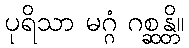
ပုရိသာ မဂ္ဂံ ဂစ္ဆန္တိ။